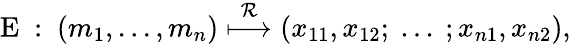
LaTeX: \begin{array}{r}{\mathrm{E}~:~(m_{1},...,m_{n})\overset{\mathcal{R}}{\longmapsto}(x_{11},x_{12};~...~;x_{n1},x_{n2}),}\end{array}